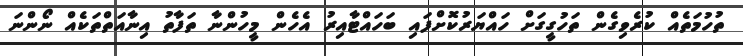
ތުހުމަތެއް ކުރެވިގެން ތަހުގީގަށް ހައްޔަރުކޮށްފައި ބަހައްޓާއިރު އެހެން މީހުންނާ ތަފާތު އިނާއަތްތަކެއް ނޯންނަ